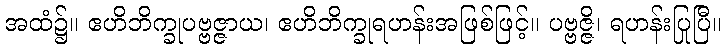
အထံ၌။ ဧဟိဘိက္ခုပဗ္ဗဇ္ဇာယ၊ ဧဟိဘိက္ခုရဟန်းအဖြစ်ဖြင့်။ ပဗ္ဗဇ္ဇိ၊ ရဟန်းပြုပြီ။